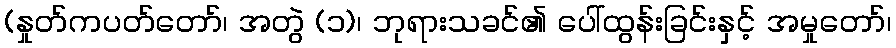
(နှုတ်ကပတ်တော်၊ အတွဲ (၁)၊ ဘုရားသခင်၏ ပေါ်ထွန်းခြင်းနှင့် အမှုတော်၊